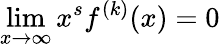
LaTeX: \operatorname*{lim}_{x\rightarrow\infty}x^{s}f^{(k)}(x)=0